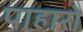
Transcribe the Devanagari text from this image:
पाहारो